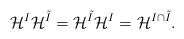
\begin{align*}\mathcal{H}^I\mathcal{H}^{\tilde{I}}=\mathcal{H}^{\tilde{I}}\mathcal{H}^I=\mathcal{H}^{I\cap \tilde{I}}.\end{align*}